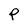
Character: P